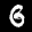
Label: 6